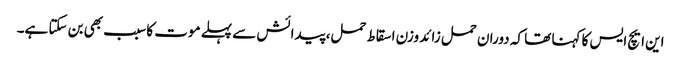
این ایچ ایس کا کہنا تھا کہ دوران حمل زائد وزن اسقاط حمل، پیدائش سے پہلے موت کا سبب بھی بن سکتا ہے۔